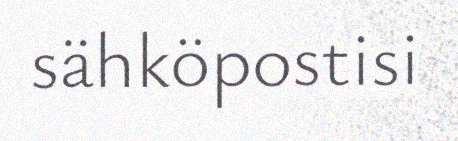
sähköpostisi